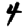
Digit: 4